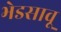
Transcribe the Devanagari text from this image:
भेडसावू